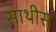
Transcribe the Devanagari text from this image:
साथीस